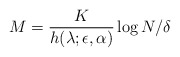
\begin{align*}M= \frac{K}{h(\lambda;\epsilon,\alpha)} \log N/\delta\end{align*}